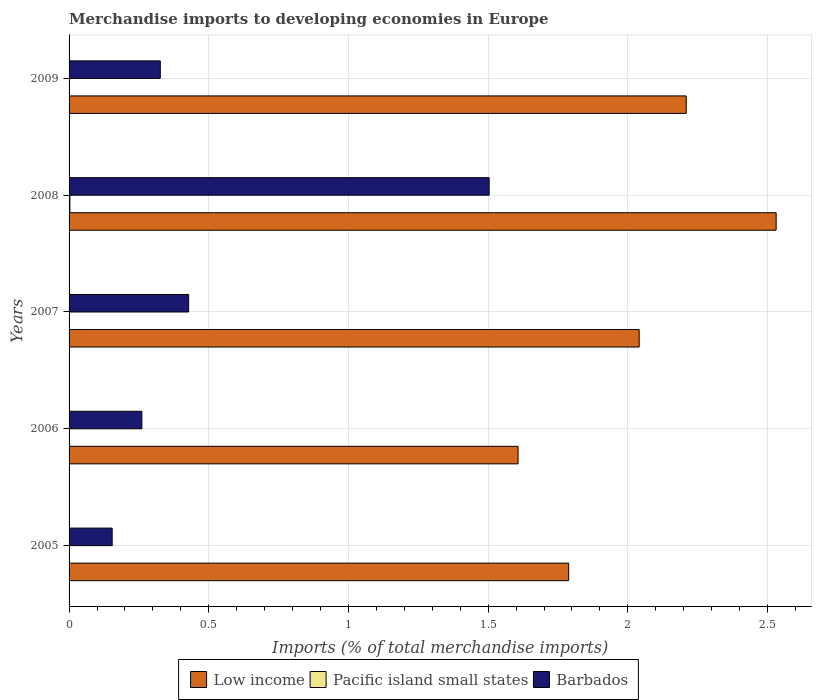
| Years | Low income | Pacific island small states | Barbados |
 | --- | --- | --- | --- |
 | 2005 | 1.79 | 0.00113 | 0.154 |
 | 2006 | 1.61 | 9.53e-05 | 0.261 |
 | 2007 | 2.04 | 0.000103 | 0.428 |
 | 2008 | 2.53 | 0.00287 | 1.5 |
 | 2009 | 2.21 | 0.000979 | 0.327 |